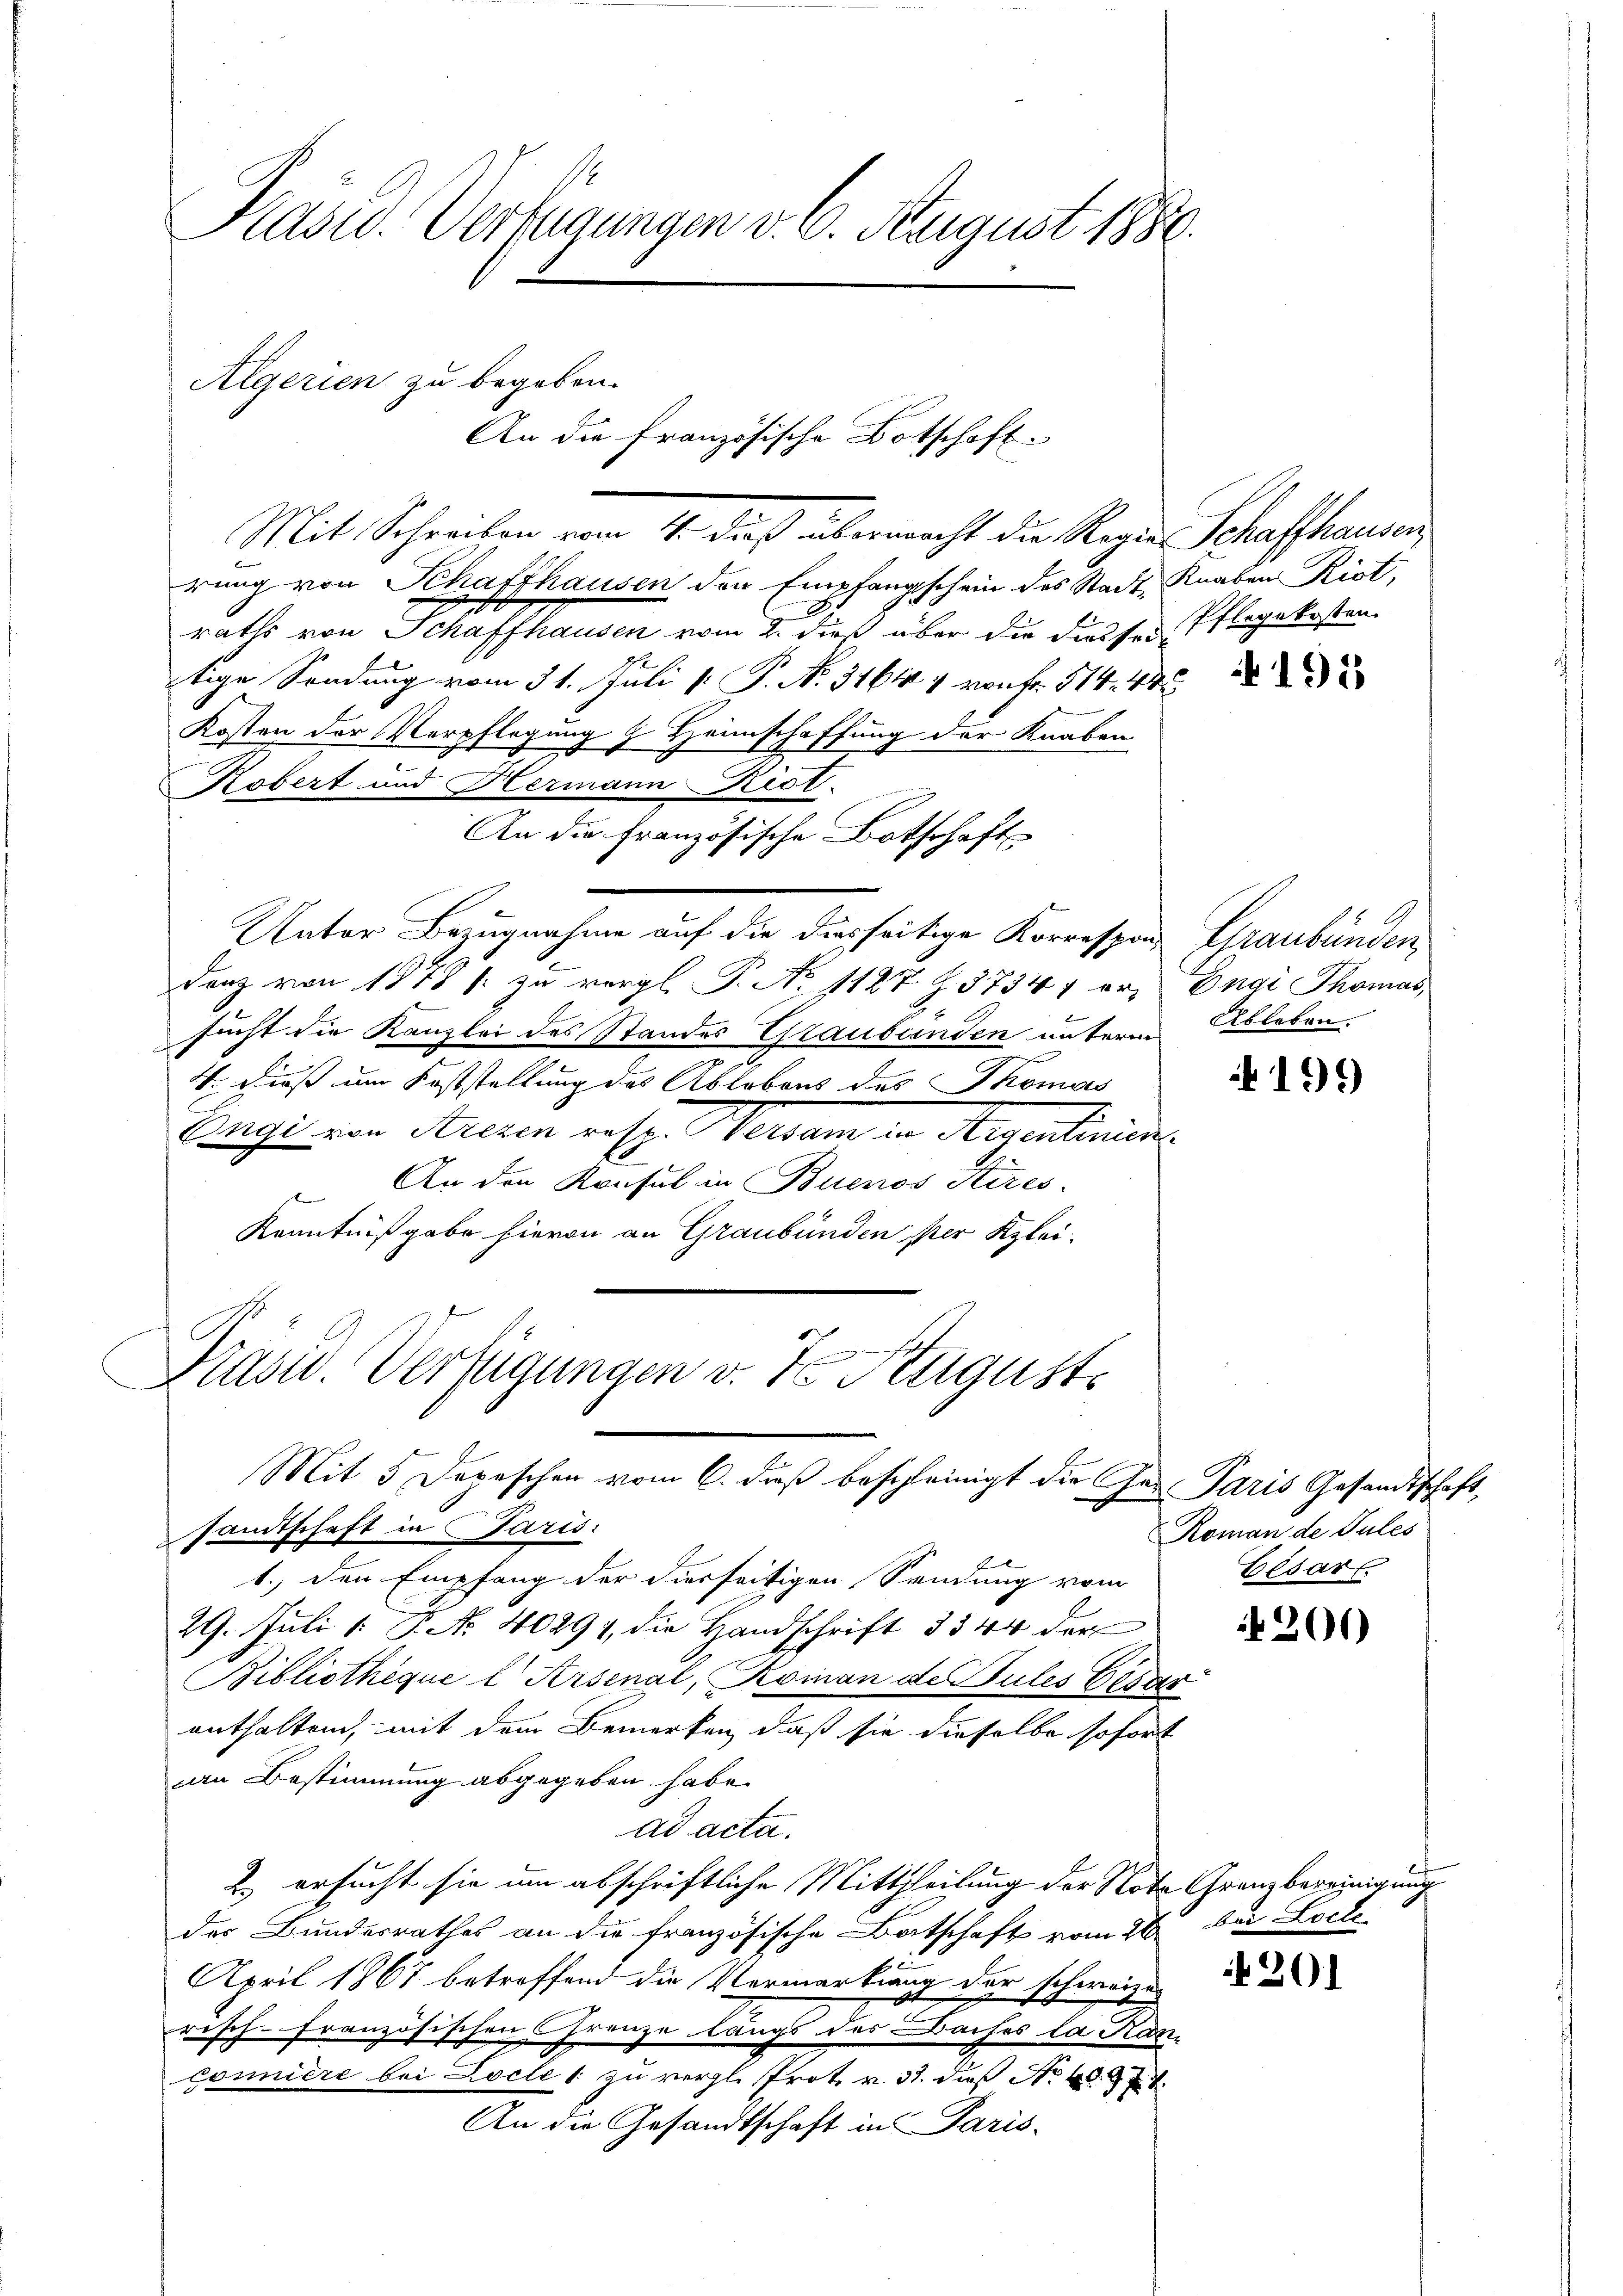
Mit Schreiben vom 4. dieß übermacht die Regie Schaffhausen
rung von Schaffhausen den Empfangschein des Stadt, Knaben Riot,
raths von Schaffhausen vom 2. dieß über die diesser Pflegekosten
tige Sendung vom 31. Juli P. P. No. 31647 von Fr. 514. 48
Kosten der Verpflegung & Heimschaffung der Knaben
Robert und Hermann Rist.
An die Französische Botschaft
Unter Bezugnahme auf die diesseitige Korrespon, Graubünden
Danz von 1818 f: zu vergl. P. No 1127 Z. 37344 er, Engi Thomas,
sucht die Kanzlei des Standes Graubünden unterm

4. dieß um Feststellung des Ablebens des Thomas
Weige von Aren resp. Verdam in Mesentinien
 An den Konsul in Buenos Kires.
Kenntnißgabe hievon an Graubünden ser Klei¬

Kasu. Verfügungen v. 6. August 1880.

Algerien zu begeben.
An die französische Botschaft

Präsid. Verfügungen v. 7. August.
Mit 5 Depeschen vom 6. dieß bescheinigt die Jes Paris Gesandtschaft,
sandtschaft in Paris:

1.) Den Empfang der dierseitigen Sendung vom
29. Juli 1: P. Nr. 40291, die Handschrift 33 44 der
Bibliothequel Arsenal, Roman de les Geser
enthalten, mit dem Bemerken, daß sie dieselbe sofort
an Bestimmung abgegeben habe.
ad acta.
2) ersucht sie um abschriftliche Mittheilung der Note Grenzbereinigung
der Bundesrathes an die französische Batschaft vom 26 bei Loche
April 1867 betreffend die Vermarking
der schweize
risch-französischen Grenze längs des Baches la Ran
coniere bei Locle 1 zu vergl. Prot. v. 31. dieß No 40. 7
An die Gesandtschaft in Paris-

195

Ableben.

199

Roman de Jules
Cesar

201)

201